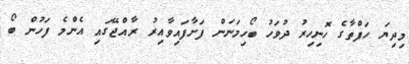
މިދިޔަ ހަފްތާގެ ހޮނިހިރު ދުވަހު ބޯހިމަނަން ފަށާފައިވާއިރު ރާއްޖޭގައި އެންމެ ފަހުން ބޯ